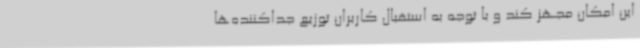
این امکان مجهز کند و با توجه به استقبال کاربران توزیع جداکننده‌ها